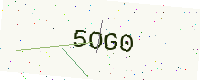
Text: 5OG0